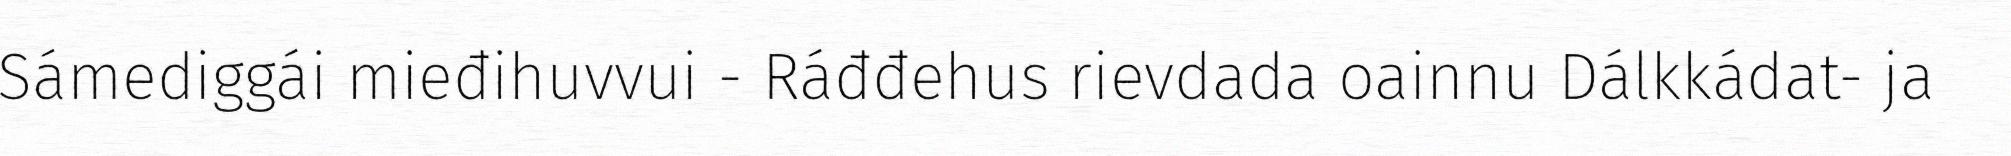
Sámediggái mieđihuvvui - Ráđđehus rievdada oainnu Dálkkádat- ja